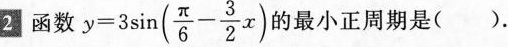
2函数 $$y = 3 \sin ( \frac { π } { 6 } - \frac { 3 } { 2 } x )$$的最小正周期是().